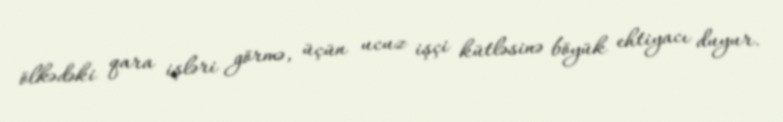
ölkədəki qara işləri görmə, üçün ucuz işçi kütləsinə böyük ehtiyacı duyur.